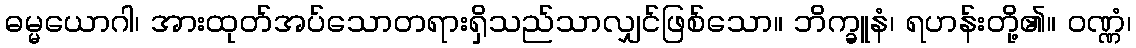
ဓမ္မယောဂါ၊ အားထုတ်အပ်သောတရားရှိသည်သာလျှင်ဖြစ်သော။ ဘိက္ခူနံ၊ ရဟန်းတို့၏။ ဝဏ္ဏံ၊